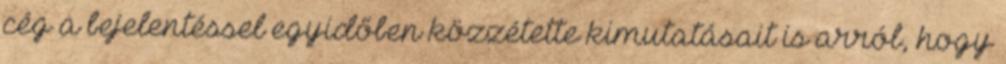
cég a bejelentéssel egyidőben közzétette kimutatásait is arról, hogy